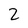
Character: 2